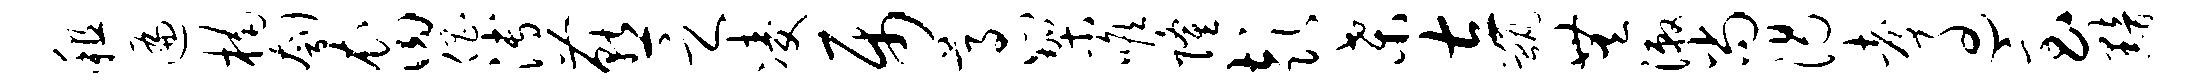
租遍楠刳裔倡溥燕之凌属尊心架喉隆彭桑左甑无漱尚渴考过急黯